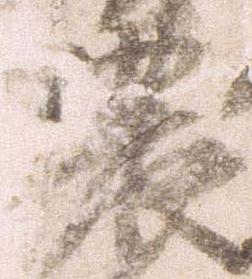
濃